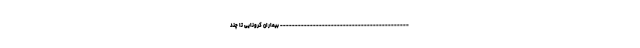
------------------------------------------- بیماران کرونایی تا چند